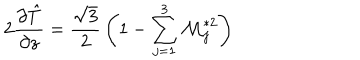
2 { \frac { \partial \hat { T } } { \partial z } } = { \frac { \sqrt { 3 } } { 2 } } \left( 1 - \sum _ { j = 1 } ^ { 3 } { \cal M } _ { j } ^ { * 2 } \right)